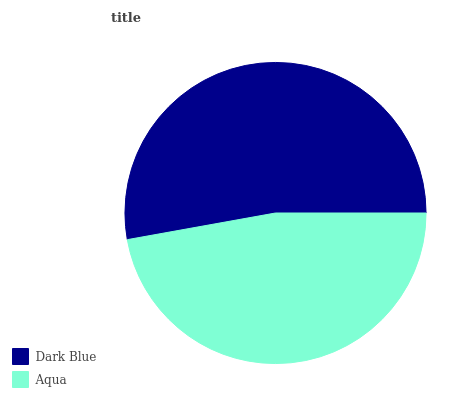
| Dark Blue | Aqua |
 | --- | --- |
 | 52.9% | 47.1% |